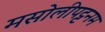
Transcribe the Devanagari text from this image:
मसोलीपट्टनम